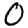
Digit: 0